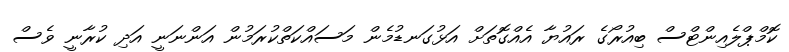
ކޮމްޕްލެއިންޓްސް ބިއުރޯގެ ރައުޔާ އެއްގޮތަށް އަޅުގަނޑުމެން މަސައްކަތްކުރަމުން އަންނަނީ އަދި ކުރާނީ ވެސް